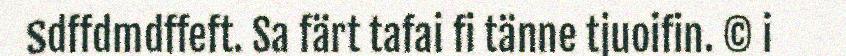
Sdffdmdffeft. Sa färt tafai fi tänne tjuoifin. © i